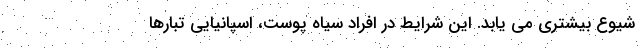
شیوع بیشتری می یابد. این شرایط در افراد سیاه پوست، اسپانیایی تبارها